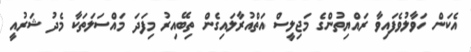
އެކަން ހަވާލުވެފައިވާ ރައްޔިތުންގެ މަޖިލީސް އަތްއުރާލައިގެން ތިބޭއިރު މިފަދަ މައްސަލަތަކާ މެދު ޝަރުއީ